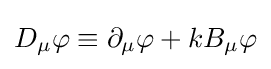
D_{\mu }\varphi \equiv \partial _{\mu }\varphi +kB_{\mu }\varphi